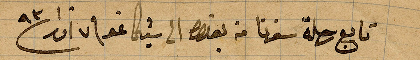
تابع رحلة سفرنا من بغداد الى شيكاغو في ٧ اذار ١٨٩٣